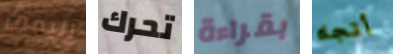
لليمين تحرك بقراءة أتجاه